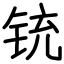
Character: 铳